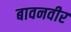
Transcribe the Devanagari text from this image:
बावनवीर